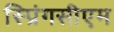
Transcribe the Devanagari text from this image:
स्प्रिंगसीएम